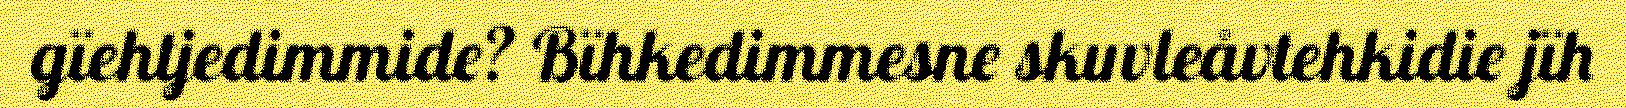
gïehtjedimmide? Bïhkedimmesne skuvleåvtehkidie jïh